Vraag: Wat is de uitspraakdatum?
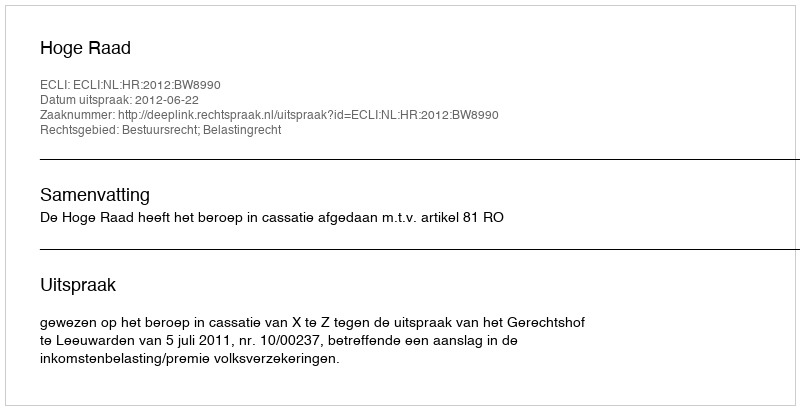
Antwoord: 2012-06-22